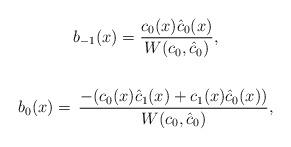
LaTeX: \begin{align*} \begin{gathered}b_{-1}(x)\stackrel{}{=}\frac{c_0(x)\hat c_0(x)}{W(c_0,\hat c_0)} , \\\\b_0(x)\stackrel{}{=} \, \frac{-(c_0(x)\hat c_1(x)+c_1(x) \hat c_0(x))}{W(c_0, \hat c_0)}, \end{gathered}\end{align*}